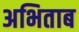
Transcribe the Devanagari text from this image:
अभिताब